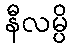
နီလမ္ပိ